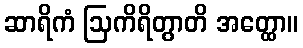
ဆာရိကံ ဩကိရိတွာတိ အတ္ထော။